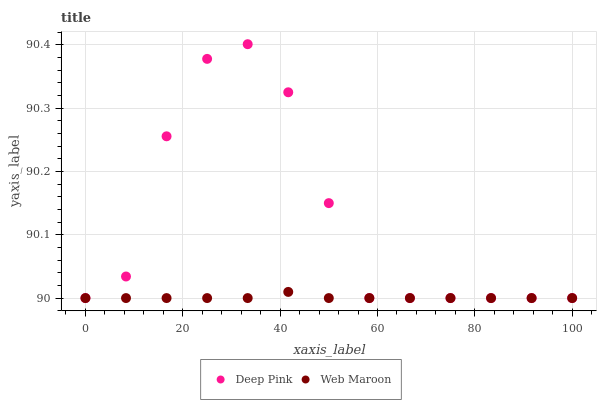
| xaxis_label | Deep Pink | Web Maroon |
 | --- | --- | --- |
 | 0 | 90 | 90 |
 | 8.33 | 90 | 90 |
 | 16.7 | 90.3 | 90 |
 | 25 | 90.4 | 90 |
 | 33.3 | 90.4 | 90 |
 | 41.7 | 90.3 | 90 |
 | 50 | 90.1 | 90 |
 | 58.3 | 90 | 90 |
 | 66.7 | 90 | 90 |
 | 75 | 90 | 90 |
 | 83.3 | 90 | 90 |
 | 91.7 | 90 | 90 |
 | 100 | 90 | 90 |